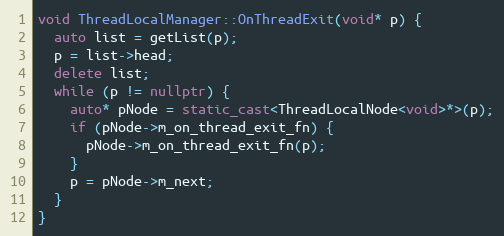
Language: C++
void ThreadLocalManager::OnThreadExit(void* p) {
  auto list = getList(p);
  p = list->head;
  delete list;
  while (p != nullptr) {
    auto* pNode = static_cast<ThreadLocalNode<void>*>(p);
    if (pNode->m_on_thread_exit_fn) {
      pNode->m_on_thread_exit_fn(p);
    }
    p = pNode->m_next;
  }
}